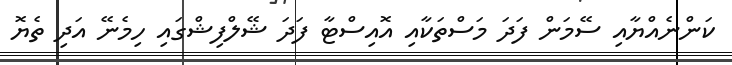
ކަންނެއްޔާއި ސޭމަން ފަދަ މަސްތަކާއި އޮއިސްޓާ ފަދަ ޝޭލްފިޝްގައި ހިމެނޭ އަދި ތެޔޮ